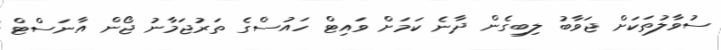
ސުވާލުތަކަށް ޖަވާބު ލިބިގެން ދާނެ ކަމަށް ވައިޓް ހައުސްގެ ތަރުޖަމާނު ޖޯން އާނަސްޓް